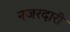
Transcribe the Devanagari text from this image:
नजरदारी